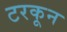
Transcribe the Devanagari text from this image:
टरकून